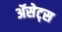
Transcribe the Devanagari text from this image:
ॲसेट्स